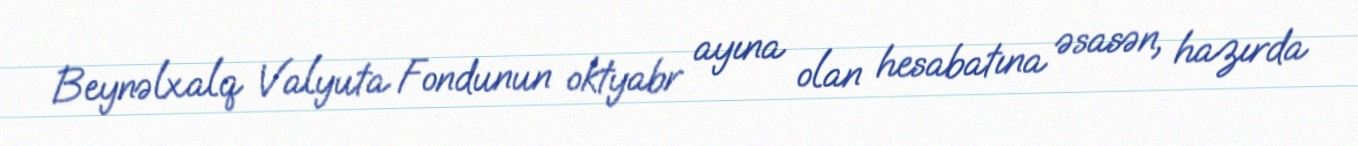
Beynəlxalq Valyuta Fondunun oktyabr ayına olan hesabatına əsasən, hazırda